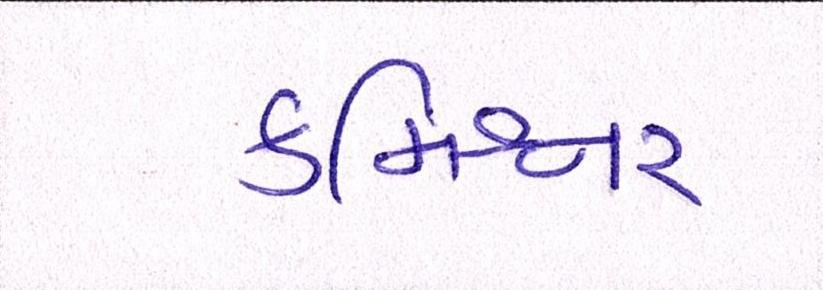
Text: કમિશ્નર